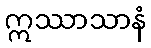
ဣဿာသာနံ